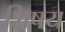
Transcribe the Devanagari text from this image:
शिषय